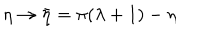
\eta \rightarrow \bar { \eta } = \pi ( \lambda + 1 ) - \eta